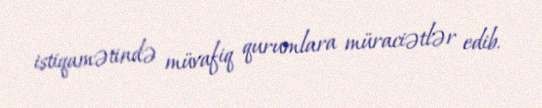
istiqamətində müvafiq qurumlara müraciətlər edib.